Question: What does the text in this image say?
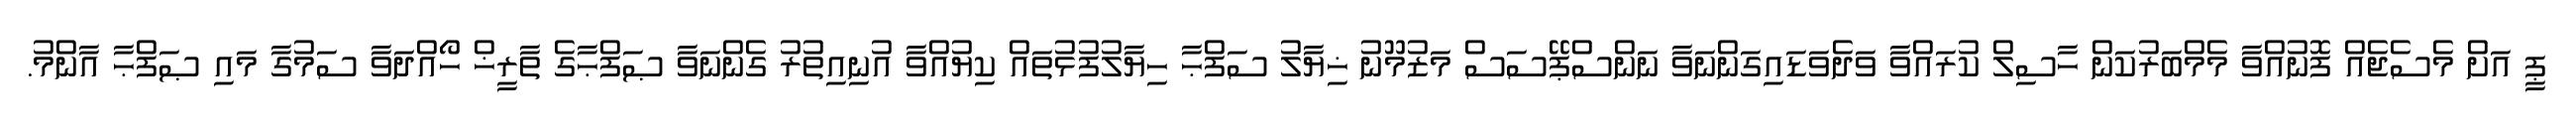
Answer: ޕީ އަށް މެސެޖެއް ފޮނުއްވާ މެމްބަރުކަން ހާސިލް ކުރައްވާ ވަދެވަޑައިގަންނަވާ ނަންސްޕޭސަސް މަޒުމޫނު ޚިޔާލު ސަފްޙާ ހިޔާލުފުޅުތައް ކިޔުއްވާ އުނިއިތުރު ގެންނަވާ ޞަފްޙާގެ ތާރީޚް ހޯއްދަވާ ސަމުގާ މައި ޞަފްޙާ އާންމު.